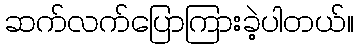
ဆက်လက်ပြောကြားခဲ့ပါတယ်။